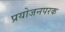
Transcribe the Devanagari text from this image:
प्रयोजनपरक